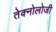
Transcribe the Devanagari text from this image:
तेक्नोलोजी